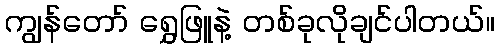
ကျွန်တော် ရွှေဖြူနဲ့ တစ်ခုလိုချင်ပါတယ်။